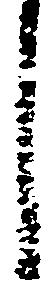
し